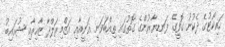
ހައިކޯޓުގެ ދެކުނު ގޮފީގެ ފަނޑިޔާރުންގެ ގޮތުގައި ތިއްބަވަނީ ޣަނީއާއި އަޒްމިރަލްދާ ޒާހިރާއި ޝުއައިބު